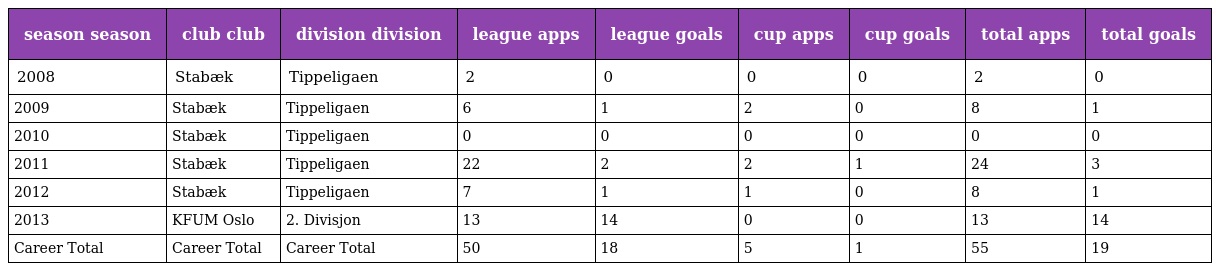
| season season | club club | division division | league apps | league goals | cup apps | cup goals | total apps | total goals |
 | --- | --- | --- | --- | --- | --- | --- | --- | --- |
 | 2008 | Stabæk | Tippeligaen | 2 | 0 | 0 | 0 | 2 | 0 |
 | 2009 | Stabæk | Tippeligaen | 6 | 1 | 2 | 0 | 8 | 1 |
 | 2010 | Stabæk | Tippeligaen | 0 | 0 | 0 | 0 | 0 | 0 |
 | 2011 | Stabæk | Tippeligaen | 22 | 2 | 2 | 1 | 24 | 3 |
 | 2012 | Stabæk | Tippeligaen | 7 | 1 | 1 | 0 | 8 | 1 |
 | 2013 | KFUM Oslo | 2. Divisjon | 13 | 14 | 0 | 0 | 13 | 14 |
 | Career Total | Career Total | Career Total | 50 | 18 | 5 | 1 | 55 | 19 |